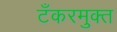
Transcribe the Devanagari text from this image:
टँकरमुक्त